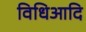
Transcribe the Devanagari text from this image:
विधिआदि